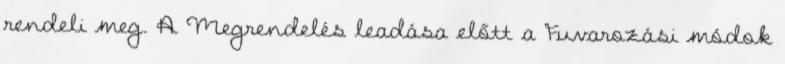
rendeli meg. A Megrendelés leadása előtt a Fuvarozási módok